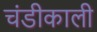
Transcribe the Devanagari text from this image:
चंडीकाली